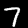
Label: 7